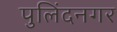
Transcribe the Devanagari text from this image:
पुलिंदनगर